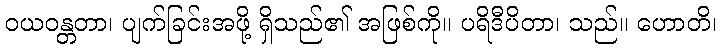
ဝယဝန္တတာ၊ ပျက်ခြင်းအဖို့ ရှိသည်၏ အဖြစ်ကို။ ပရိဒီပိတာ၊ သည်။ ဟောတိ၊